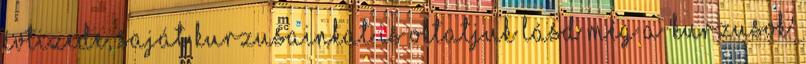
évtizede, saját kurzusainkat is oktatjuk lásd még a 'Kurzusok'